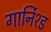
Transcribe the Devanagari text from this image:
गार्निश्ड